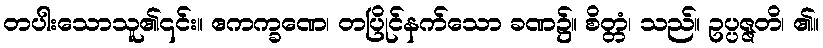
တပါးသောသူ၏၎င်း။ ဧကက္ခဏေ၊ တပြိုင်နက်သော ခဏ၌။ စိတ္တံ၊ သည်။ ဥပ္ပဇ္ဇတိ၊ ၏။